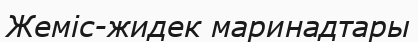
Жеміс-жидек маринадтары